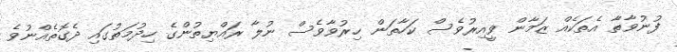
ފުނުވާތާ އެތަކެއް ޒަމާން ވީއިރުވެސް ކަހާތަން ހިރުވާވެސް ނުލާ ރައްޔިތުންގެ ހިދުމަތުގައި ދެގޮތެއްނުވެ